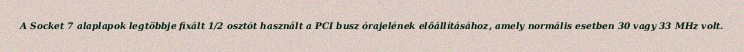
A Socket 7 alaplapok legtöbbje fixált 1/2 osztót használt a PCI busz órajelének előállításához, amely normális esetben 30 vagy 33 MHz volt.